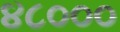
૪૮૦૦૦